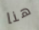
هنا